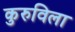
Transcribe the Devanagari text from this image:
कुरुविला